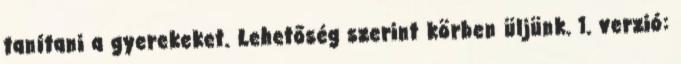
tanítani a gyerekeket. Lehetőség szerint körben üljünk. 1. verzió: